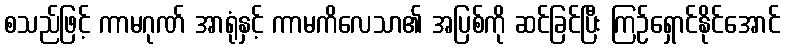
စသည်ဖြင့် ကာမဂုဏ် အာရုံနှင့် ကာမကိလေသာ၏ အပြစ်ကို ဆင်ခြင်ပြီး ကြဉ်ရှောင်နိုင်အောင်